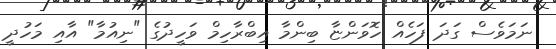
ނަމަވެސް ގަދަ ފަހެއް ހޮވަންޏާ ބިންމާ އިބްރާހިމް ވަހީދުގެ "ނިއުމާ" އާއި މަހުދީ